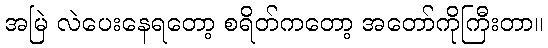
အမြဲ လဲပေးနေရတော့ စရိတ်ကတော့ အတော်ကိုကြီးတာ။